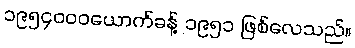
၁၉၅၄၀၀၀ယောက်ခန့် ၁၉၅၁ ဖြစ်လေသည်။